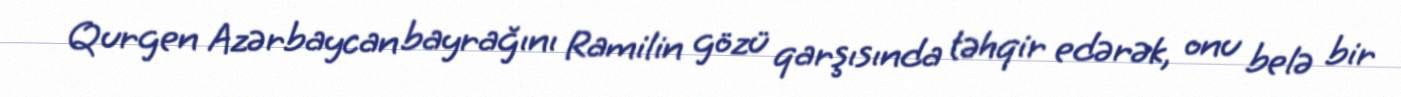
Qurgen Azərbaycan bayrağını Ramilin gözü qarşısında təhqir edərək, onu belə bir